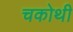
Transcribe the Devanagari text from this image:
चकोथी